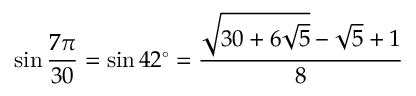
\sin { \frac { 7 \pi } { 3 0 } } = \sin 4 2 ^ { \circ } = { \frac { { \sqrt { 3 0 + 6 { \sqrt { 5 } } } } - { \sqrt { 5 } } + 1 } { 8 } }